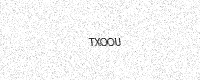
Text: TXOOU